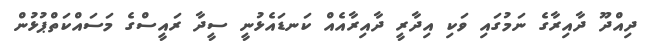
ދިއްދޫ ދާއިރާގެ ނަމުގައި ވަކި އިދާރީ ދާއިރާއެއް ކަނޑައެޅުނީ ސީދާ ރައީސްގެ މަސައްކަތްޕުޅުން